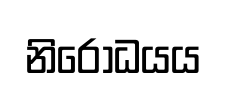
නිරෝධයය